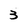
Character: 3